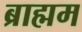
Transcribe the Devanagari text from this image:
ब्राह्मम